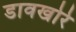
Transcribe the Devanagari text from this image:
डावखोरे